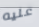
عليه